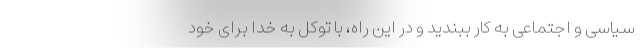
سیاسی و اجتماعی به کار ببندید و در این راه، با توکل به خدا برای خود